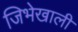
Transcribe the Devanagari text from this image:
जिभेखाली